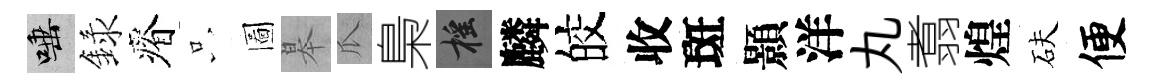
唾録瘠只圖皋瓜梟摇麟皎收斑顥洋丸翥煌砆便